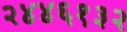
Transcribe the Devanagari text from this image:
२४४६१३२